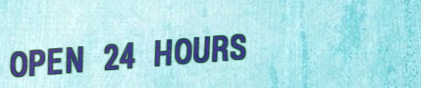
OPEN 24 HOURS